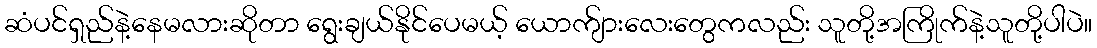
ဆံပင်ရှည်နဲ့နေမလားဆိုတာ ရွေးချယ်နိုင်ပေမယ့် ယောက်ျားလေးတွေကလည်း သူတို့အကြိုက်နဲ့သူတို့ပါပဲ။